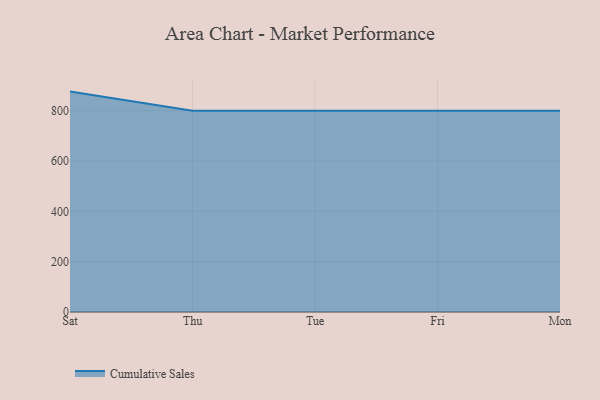
{"axis": {"x": "Day", "y": "Energy Usage (MWh)"}, "legend": ["Cumulative Sales"], "data": [{"x": "Sat", "y": 875.6, "type": "Cumulative Sales"}, {"x": "Thu", "y": 800, "type": "Cumulative Sales"}, {"x": "Tue", "y": 800, "type": "Cumulative Sales"}, {"x": "Fri", "y": 800, "type": "Cumulative Sales"}, {"x": "Mon", "y": 800, "type": "Cumulative Sales"}]}